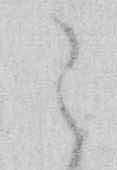
之